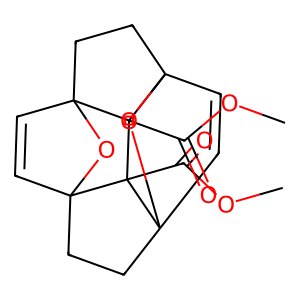
SMILES: COC(=O)C12C34C=CC5(CCC6(C=CC1(CC3)O6)C52C(=O)OC)O4
Inhibits HIV replication: No